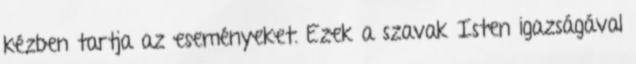
kézben tartja az eseményeket. Ezek a szavak Isten igazságával